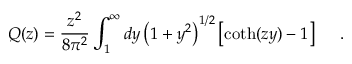
Q ( z ) = { \frac { z ^ { 2 } } { 8 \pi ^ { 2 } } } \int _ { 1 } ^ { \infty } d y \left( 1 + y ^ { 2 } \right) ^ { 1 / 2 } \left[ \coth ( z y ) - 1 \right] ~ ~ ~ ~ .